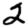
Digit: 2